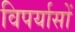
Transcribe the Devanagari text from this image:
विपर्यासों